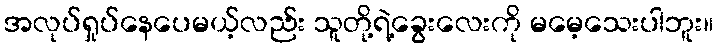
အလုပ်ရှုပ်နေပေမယ့်လည်း သူတို့ရဲ့ခွေးလေးကို မမေ့သေးပါဘူး။